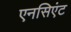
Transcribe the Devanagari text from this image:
एनसिएंट